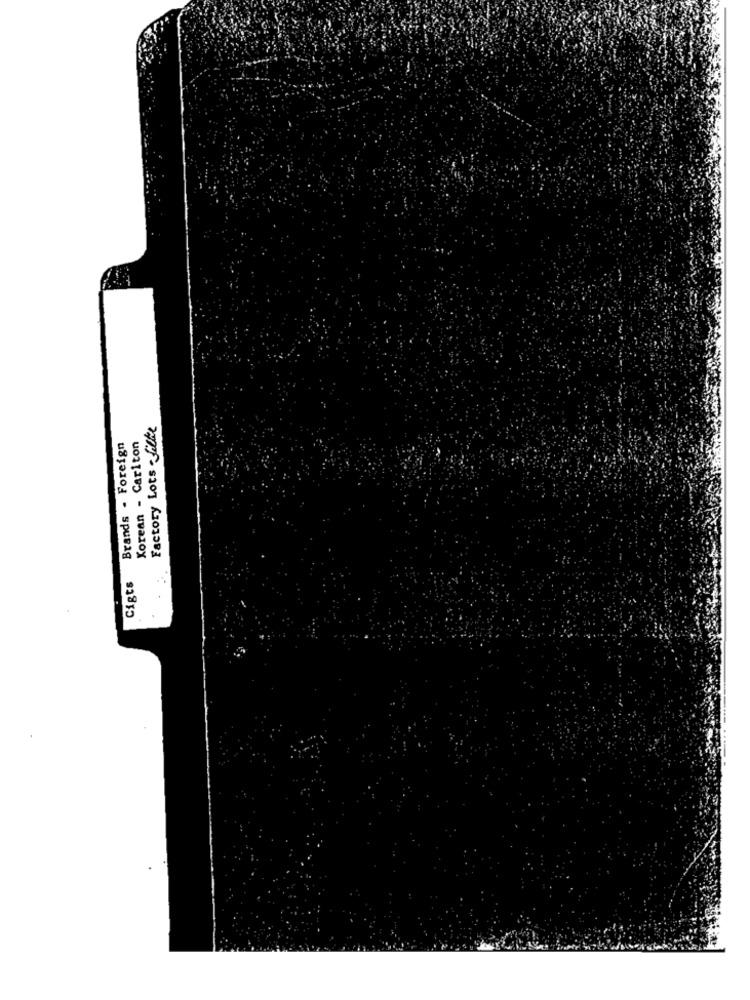
Factory Lots - Silke
Korean - Carlton
Brands . Foreign
Cigts